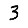
Digit: 3